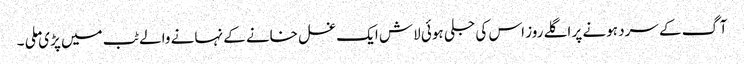
آگ کے سرد ہونے پر اگلے روز اس کی جلی ہوئی لاش ایک غسل خانے کے نہانے والے ٹب میں پڑی ملی ۔